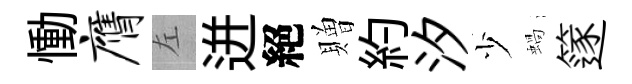
慟膺左迸絕贈約汐少蝸篴